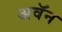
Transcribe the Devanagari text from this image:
अवॅन